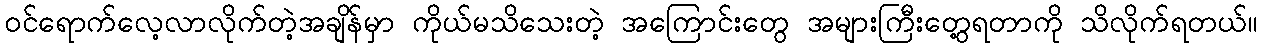
ဝင်ရောက်လေ့လာလိုက်တဲ့အချိန်မှာ ကိုယ်မသိသေးတဲ့ အကြောင်းတွေ အများကြီးတွေ့ရတာကို သိလိုက်ရတယ်။